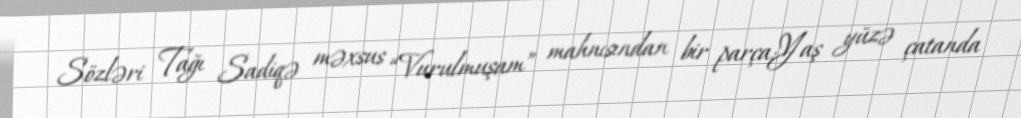
Sözləri Tağı Sadiqə məxsus “Vurulmuşam” mahnısından bir parça:Yaş yüzə çatanda